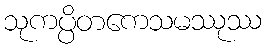
သုကပ္ပိတကေသမဿုဿ